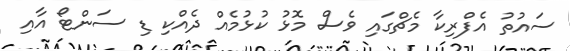
ސައުތު އެފްރިކާ މެޗްގައި ވެސް މޮޅު ކުޅުމެއް ދެއްކި ޑި ސަންޓޯ އާއި